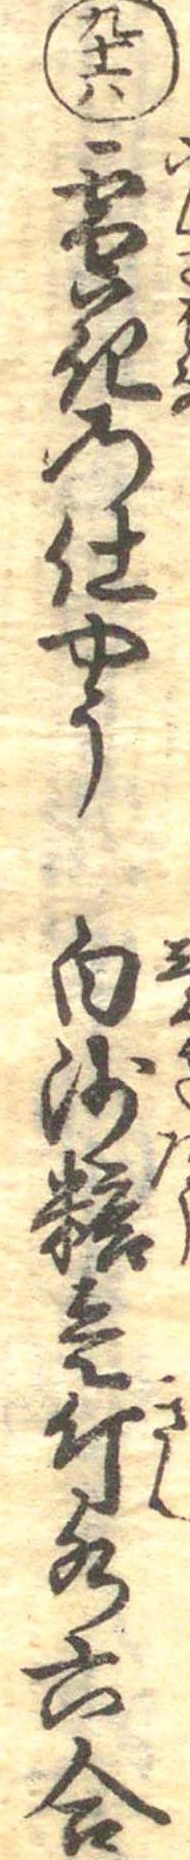
九十六雪花の仕やう白沙糖壱斤水六合